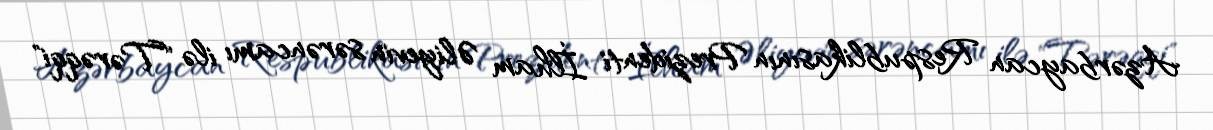
Azərbaycan Respublikasının Prezidenti İlham Əliyevin sərəncamı ilə "Tərəqqi"